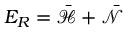
E _ { R } = \mathcal { \bar { H } } + \mathcal { \bar { N } }